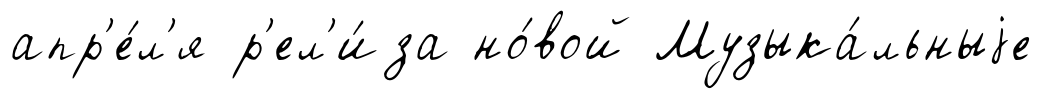
апр'е́л'я р'ел'и́за но́вой Музыка́льныjе